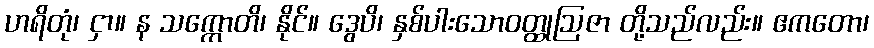
ဟရိတုံ၊ ငှာ။ န သက္ကောတိ၊ နိုင်။ ဒွေပိ၊ နှစ်ပါးသောဝတ္ထုဩဇာ တို့သည်လည်း။ ဧကတော၊